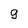
Character: g